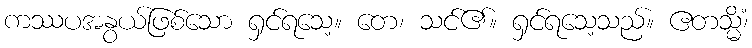
ကဿပအနွယ်ဖြစ်သော ရှင်ရသေ့။ တေ၊ သင်၏။ ရှင်ရသေ့သည်။ ဧတသ္မိံ၊